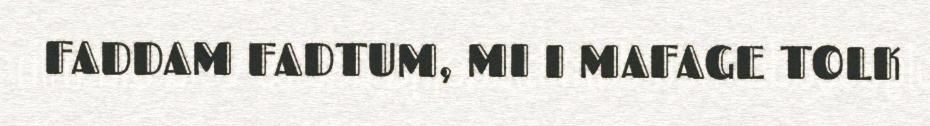
FADDAM FADTUM, MI I MAFAGE TOLK